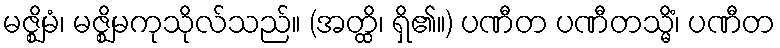
မဇ္ဈိမံ၊ မဇ္ဈိမကုသိုလ်သည်။ (အတ္ထိ၊ ရှိ၏။) ပဏီတ ပဏီတသ္မိံ၊ ပဏီတ